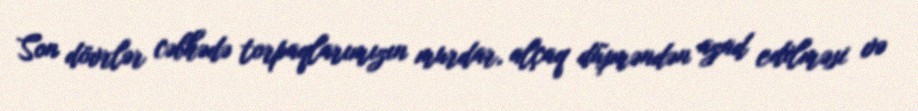
Son dövrlər cəbhədə torpaqlarımızın murdar, alçaq düşməndən azad edilməsi və